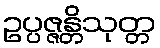
ဥပ္ပဇ္ဇန္တိသုတ္တ